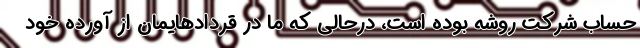
حساب شرکت روشه بوده است، درحالی که ما در قردادهایمان از آورده خود